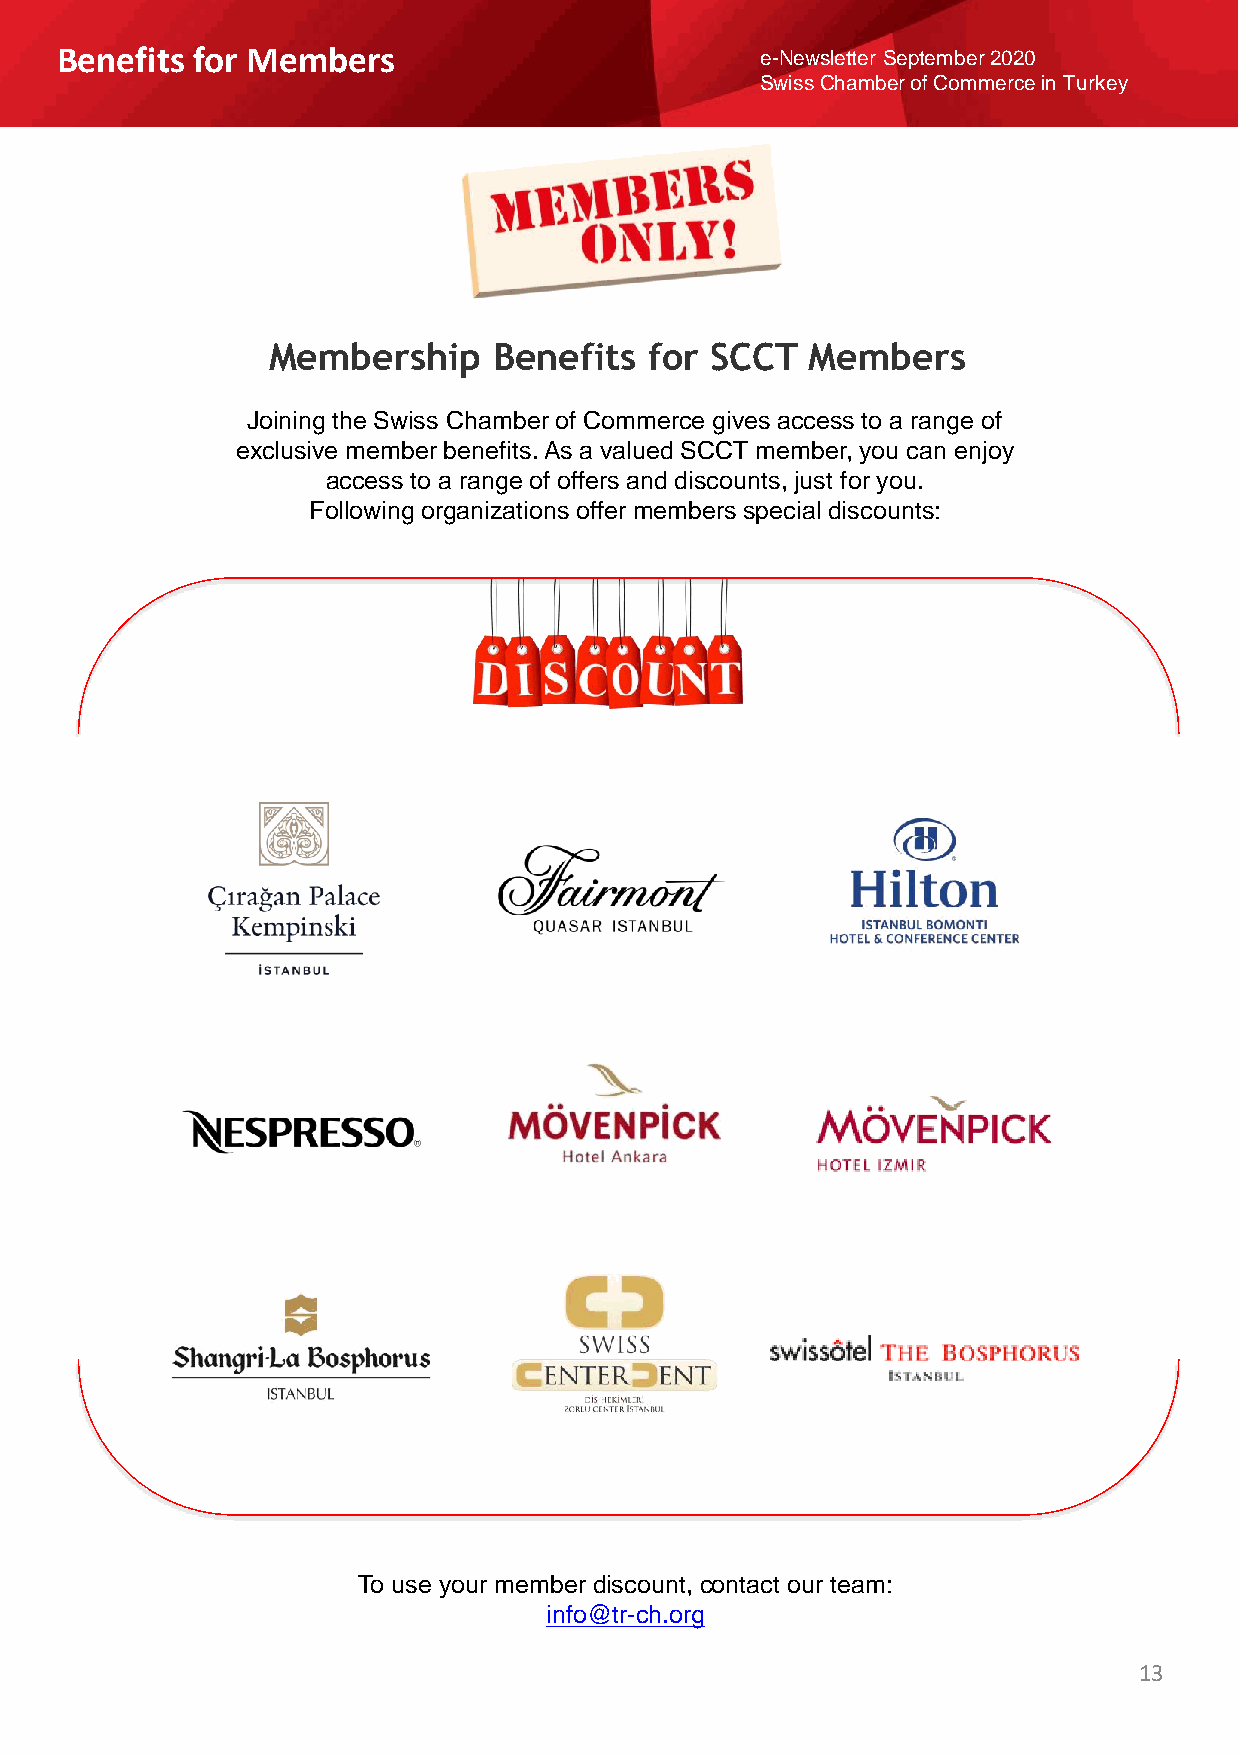
Benefits for Members                          e-Newsletter September 2020
 Swiss Chamber of Commerce in Turkey
 Membership     Benefits  for SCCT   Members
 Joining the Swiss Chamber of Commerce gives access to a range of
 exclusive member benefits.As a valued SCCT member, you can enjoy
 access to a range of offers and discounts, just for you.
 Following organizations offer members special discounts:
 To use your member discount, contact our team:
 info@tr-ch.org
 13